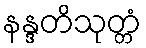
နန္ဒတိသုတ္တံ